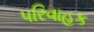
પરિવાહક